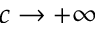
c \to + \infty